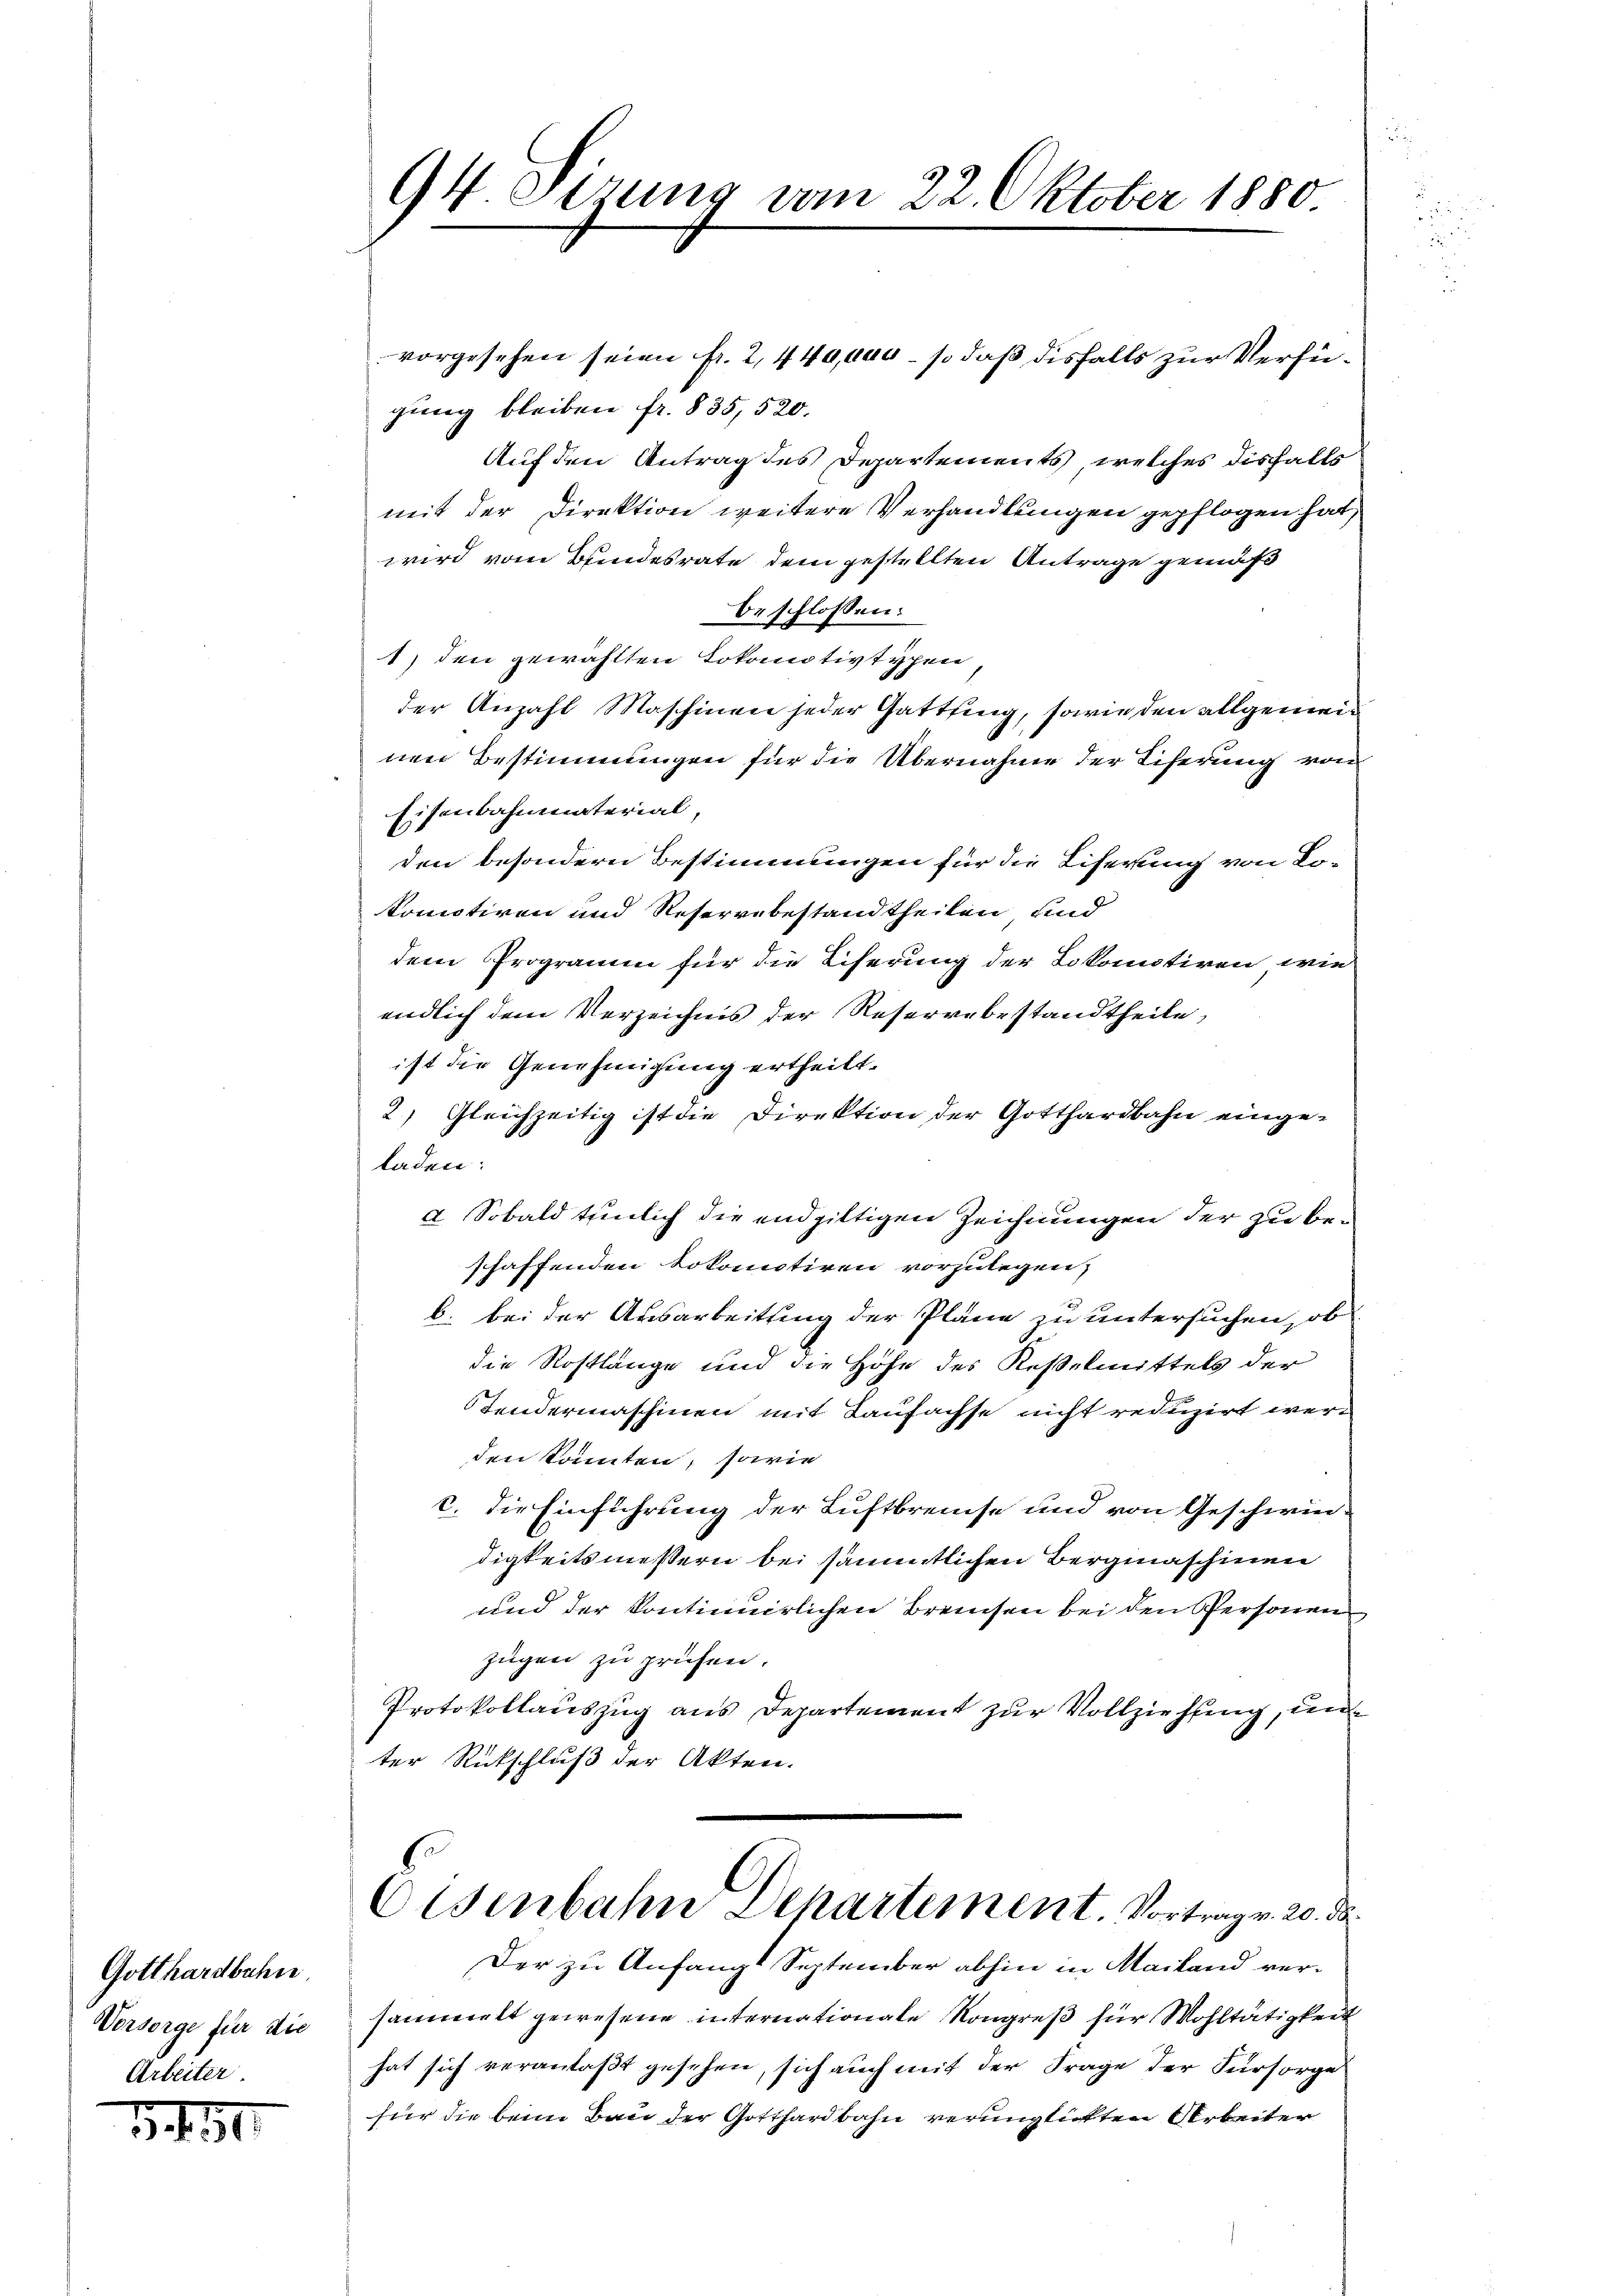
Gotthardbahn.
Vorsorge für die
Arbeiter

1.91.

94.Oerung vom 22. Oktober 1880

vorgesehen seien fr. 2, 449,000. so daß diesfalls zur Verfügung bleiben fr. 835, 520.
Auf den Antrag des Departements, welches disfalls
mit der Direktion weitere Verhandlungen gepflogen hat,
wird vom Bundesrate dem gestellten Antrage gemäß
beschlossen:
1) den gewählten Lokomotivtypen
der Anzahl Maschinen jeder Gatting, sowie den allgemeinen Bestimmungen für die Übernahme der Eiferung von
Eisenbahnmaterial,
den besondern Bestimmungen für die Liferung von Lo-
komotiven und Reservebestandtheilen und
dem Programm für die Eiserung der Lokomotiren, wie
endlich dem Verzeichnis der Reservebestandtheile,
ist die Genehmigung ertheilt.
2) Gleichzeitig ist die Direktion der Gotthardbahn einge-
laden:
2. Sobald tunlich die endgültigen Zeichnungen der zu beschaffenden Lokomotiven vorzulegen,
10
b. bei der Ausarbeitung der Pläne zu untersuchen, ob
die Rostlänge und die Höhe des Kesselmittels der
Tendermaschinen mit Laufachse nicht reduzirt werden konnten, sowie
c. Die Einführung der Luftbrenche und von Geschwindigkeitsmessern bei sämmtlichen Bergmaschinen
und der kontinuirlichen Breisen bei den Personen
zügen zu prüfen.
Protokollauszug aus Departement zur Vollziehung, un
ter Rückschluß der Akten.
Eisenbahn Departement. Vortrag v. 20. d.
Der zu Anfangt September abhin in Mailand versammelt gewesene internationale Kongreß für Wohltätigkeit
hat sich veranlaßt gesehen, sich auch mit der Frage der Fürsorge
für die beim Bau der Gotthardbahn verunglichten Arbeiter